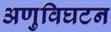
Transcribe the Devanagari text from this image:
अणुविघटन